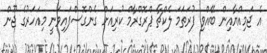
އެ ޖަމިއްޔާއިން ބޭއްވި ފުރަތަމަ ލެކްޗާ ޕްރޮގްރާމް ކުރިއަށް ގެންގޮސްފައިވަނީ މިއަހަރުގެ ޖޫން